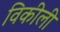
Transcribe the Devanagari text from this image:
विकीली